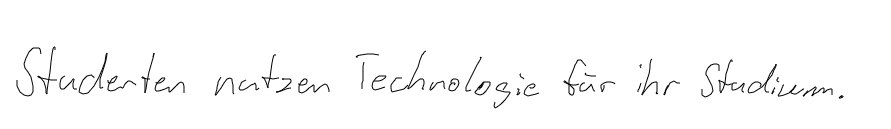
Studenten nutzen Technologie für ihr Studium.